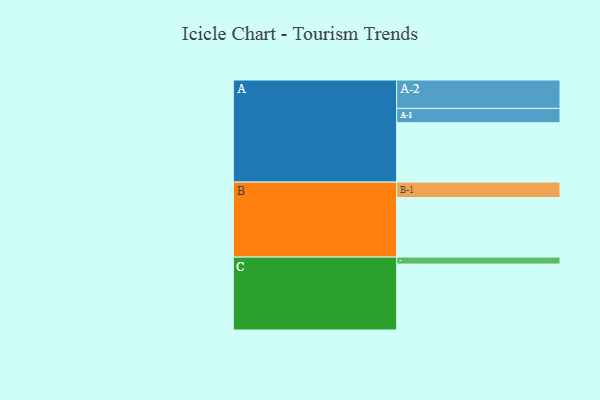
{"axis": {"x": "Segment", "y": "Value"}, "legend": ["", "A", "B", "C"], "data": [{"x": "A", "y": 529, "type": ""}, {"x": "B", "y": 530, "type": ""}, {"x": "C", "y": 587, "type": ""}, {"x": "A-1", "y": 127, "type": "A"}, {"x": "A-2", "y": 253, "type": "A"}, {"x": "B-1", "y": 138, "type": "B"}, {"x": "C-1", "y": 62, "type": "C"}]}